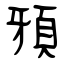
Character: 䪵